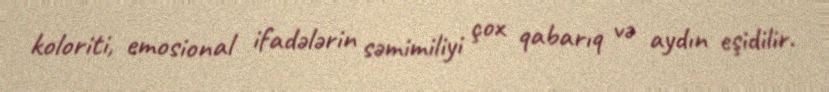
koloriti, emosional ifadələrin səmimiliyi çox qabarıq və aydın eşidilir.